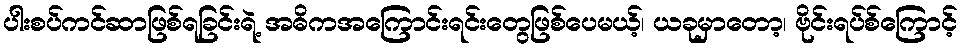
ပါးစပ်ကင်ဆာဖြစ်ရခြင်းရဲ့ အဓိကအကြောင်းရင်းတွေဖြစ်ပေမယ့်၊ ယခုမှာတော့၊ ဗိုင်းရပ်စ်ကြောင့်